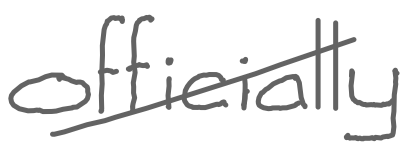
Text: officially
Cross-out: diagonal
Writing tool: digital_gray